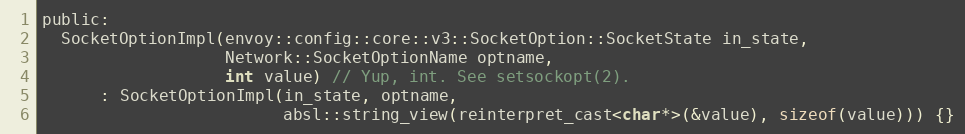
Language: C
public:
  SocketOptionImpl(envoy::config::core::v3::SocketOption::SocketState in_state,
                   Network::SocketOptionName optname,
                   int value) // Yup, int. See setsockopt(2).
      : SocketOptionImpl(in_state, optname,
                         absl::string_view(reinterpret_cast<char*>(&value), sizeof(value))) {}